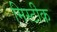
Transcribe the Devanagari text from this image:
मिस्टीक